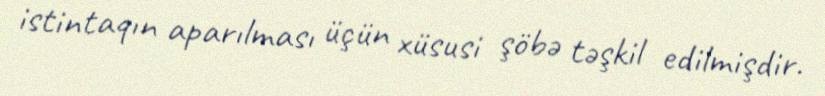
istintaqın aparılması üçün xüsusi şöbə təşkil edilmişdir.